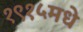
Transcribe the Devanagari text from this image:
१९१५मधे